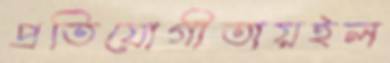
প্রতিযোগীতায়ইল